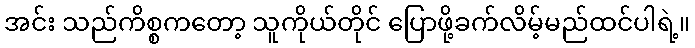
အင်း သည်ကိစ္စကတော့ သူကိုယ်တိုင် ပြောဖို့ခက်လိမ့်မည်ထင်ပါရဲ့။